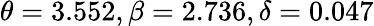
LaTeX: \theta=3.552,\beta=2.736,\delta=0.047